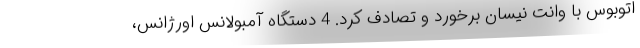
اتوبوس با وانت نیسان برخورد و تصادف کرد. 4 دستگاه آمبولانس اورژانس،